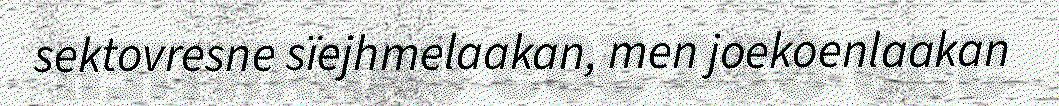
sektovresne sïejhmelaakan, men joekoenlaakan